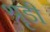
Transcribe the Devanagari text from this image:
श्रृडी